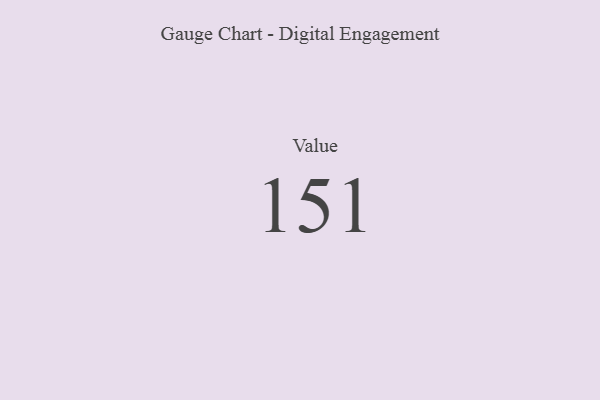
{"axis": {"x": "Metric", "y": "Value"}, "legend": [""], "data": [{"x": "Value", "y": 151, "type": ""}]}